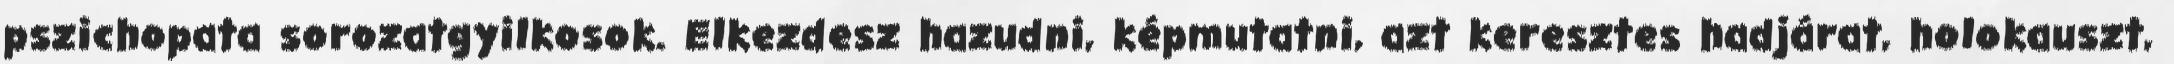
pszichopata sorozatgyilkosok. Elkezdesz hazudni, képmutatni, azt keresztes hadjárat, holokauszt,